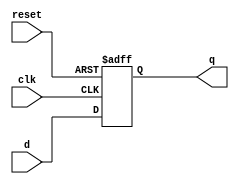
module dff_delay (
    input wire clk,
    input wire reset,
    input wire d,
    output reg q
);

// Define parameters for delay elements
parameter DELAY = 10; // Delay in clock cycles

// Define internal signals
wire d_sync;
wire [DELAY-1:0] delay_sig;

// Timing control and synchronization blocks
always @(posedge clk or posedge reset) begin
    if (reset) begin
        q <= 1'b0;
    end else begin
        q <= d_sync;
    end
end

assign d_sync = delay_sig[DELAY-1]; // Synchronize input signal with clock

// Delay element
genvar i;
generate
    for (i = 0; i < DELAY; i=i+1) begin
        assign delay_sig[i] = (i == 0) ? d : delay_sig[i-1];
    end
endgenerate

endmodule